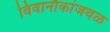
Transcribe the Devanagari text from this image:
विवानौकांजवळ